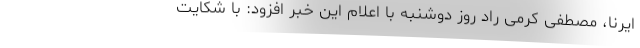
ایرنا، مصطفی کرمی راد روز دوشنبه با اعلام این خبر افزود: با شکایت